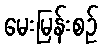
မေးမြန်းစဉ်